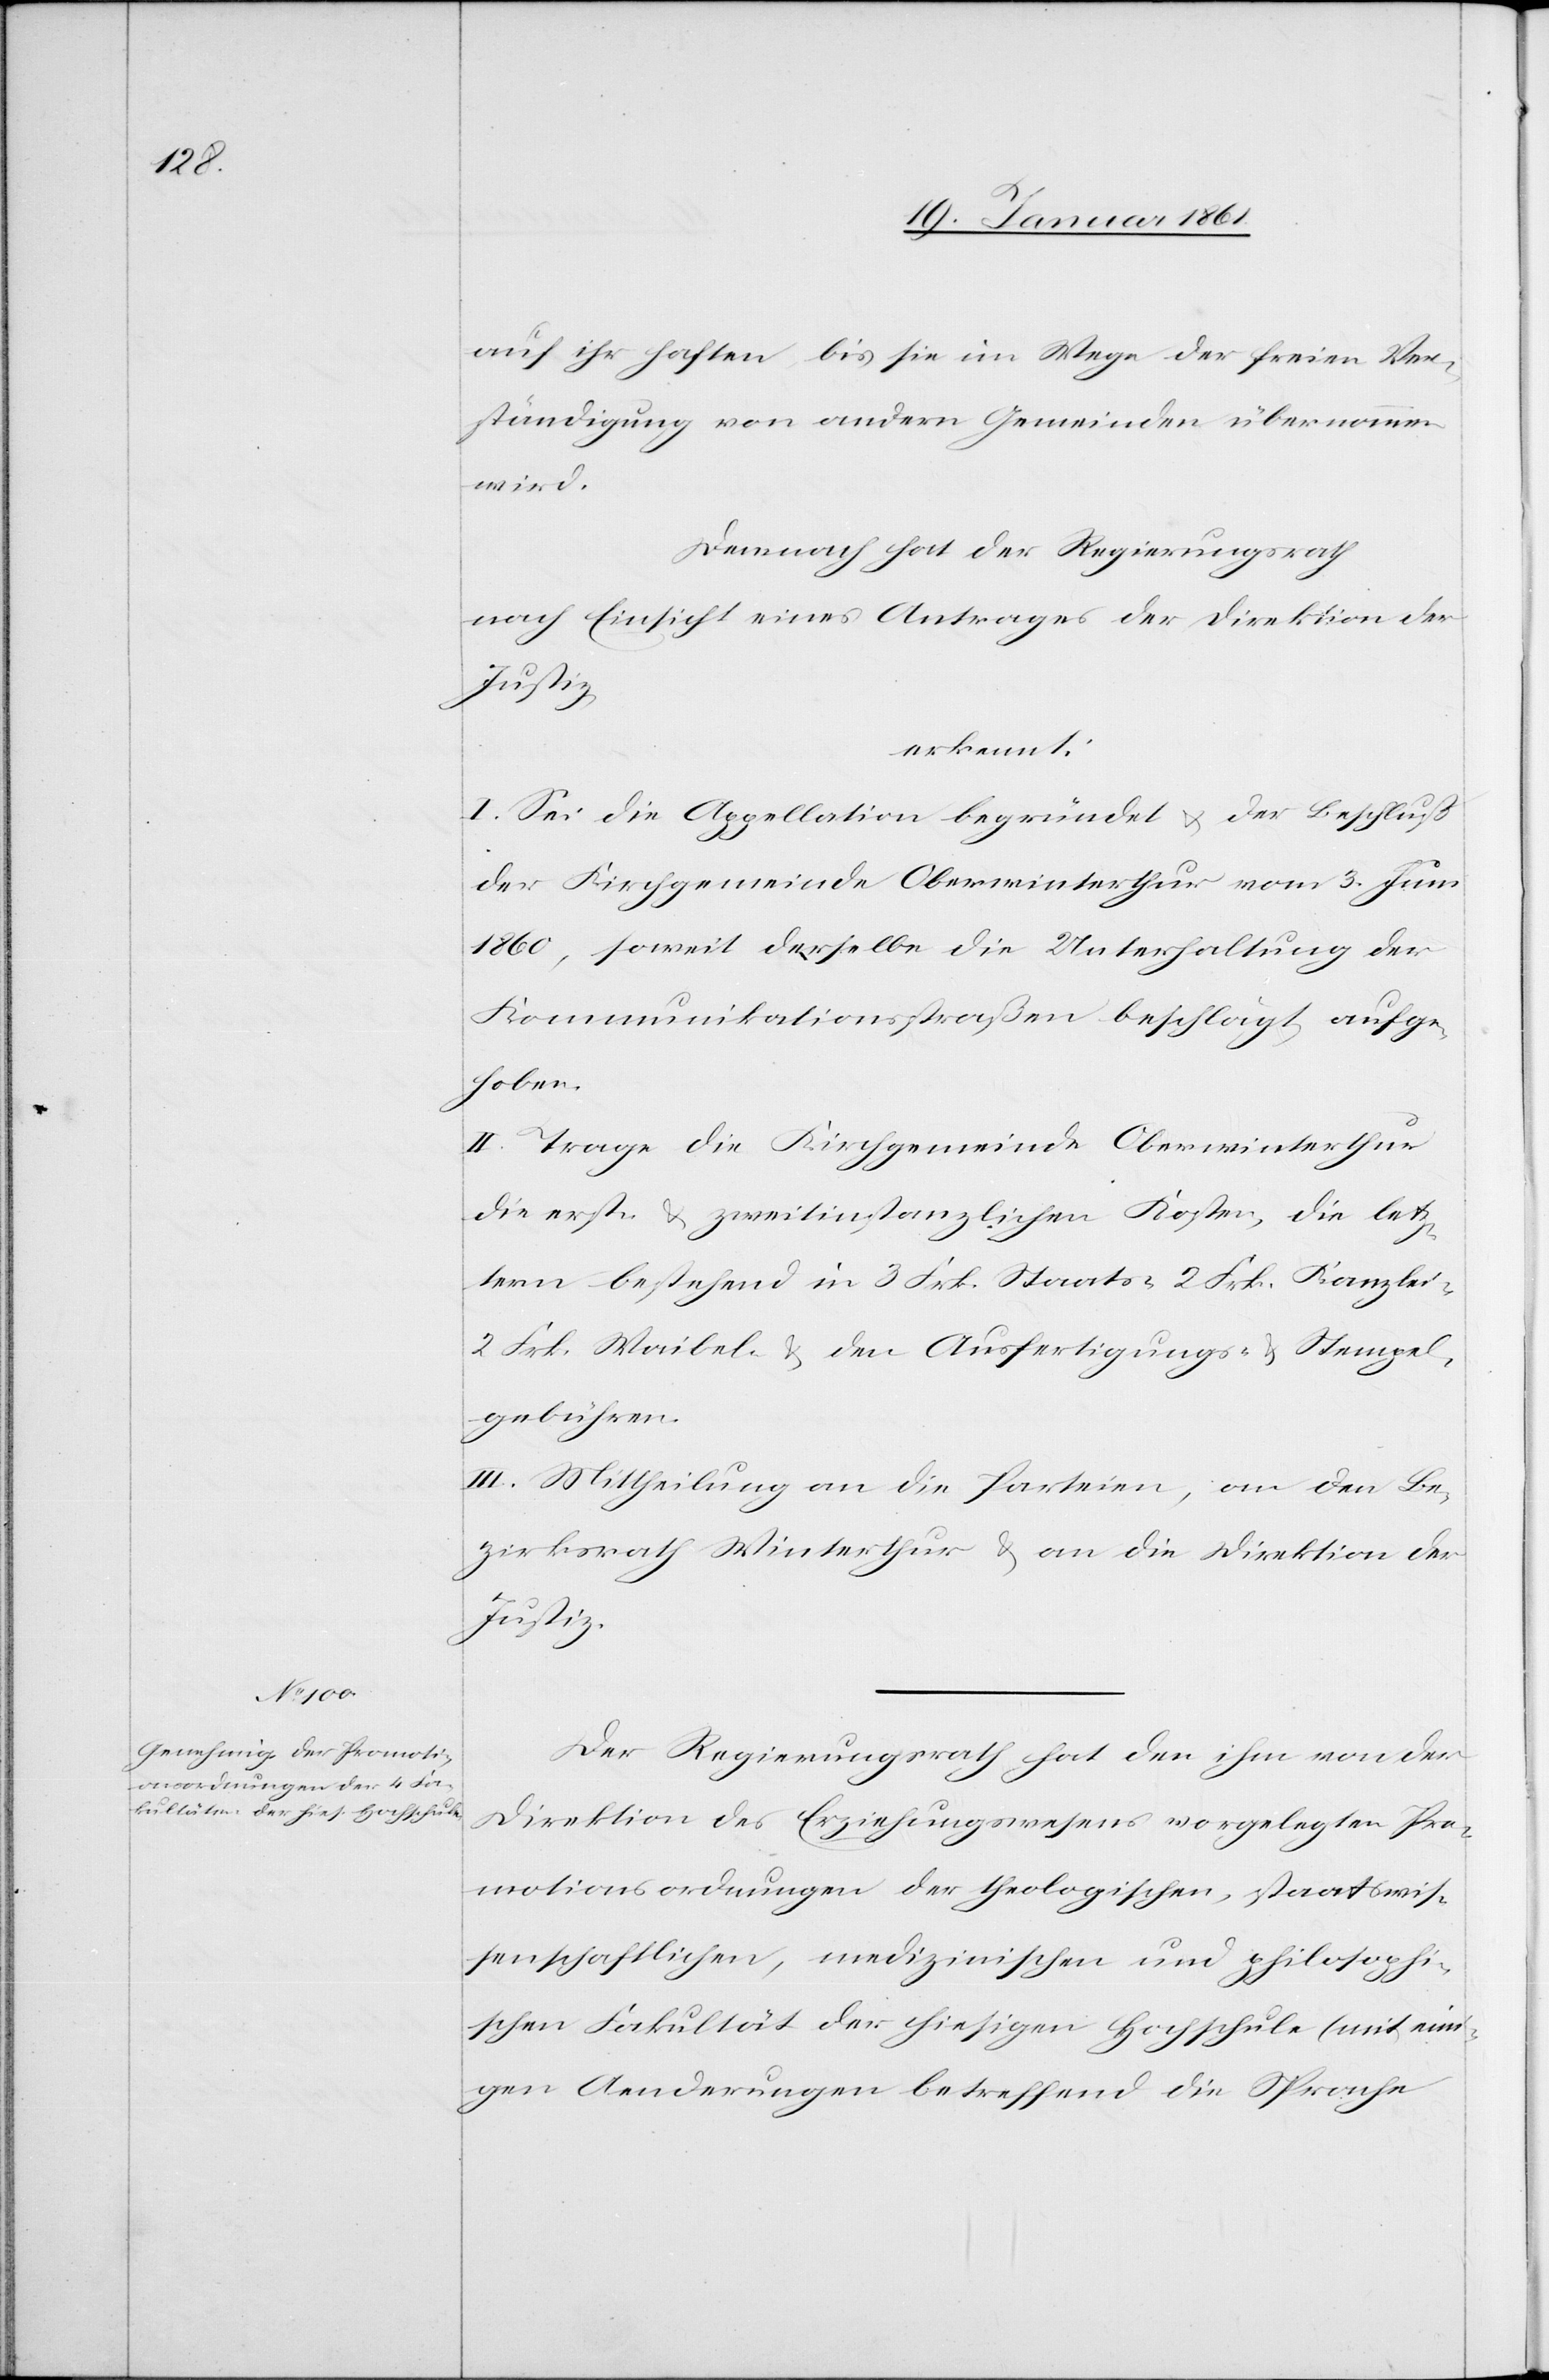
auf ihr haften bis sie im Wege der freien Ver¬
ständigung von andern Gemeinden übernommen
wird.
Demnach hat der Regierungsrath
nach Einsicht eines Antrages der Direktion der
Justiz,
erkennt:
I. Sei die Appellation begründet u. der Beschluss
der Kirchgemeinde Oberwinterthur vom 3. Juni
1860, soweit derselbe die Unterhaltung der
Kommunikationsstraßen beschlägt, aufge¬
hoben.
II. Trage die Kirchgemeinde Oberwinterthur
die erst- u. zweitinstanzlichen Kosten, die letz¬
tern bestehend in 3 Frk. Staats-[,] 2 Frk. Kanzlei-[,]
2. Frk. Waibel- u. den Ausfertigungs- u. Stempel¬
gebühren.
III. Mittheilung an die Parteien, an den Be¬
zirksrath Winterthur u. an die Direktion der
Justiz.
Der Regierungsrath hat den ihm von der
Direktion des Erziehungswesens vorgelegten Pro¬
motionsordnungen der theologischen, staatswis¬
senschaftlichen, medizinischen und philosophi¬
schen Fakultät der hiesigen Hochschule (mit eini¬
gen Aenderungen betreffend die Sprache